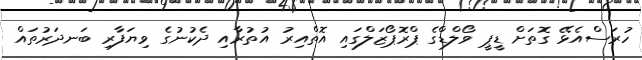
ހުރަސްއެޅޭ ގޮތަށް ޑީޕީ ވޯލްޑްގެ ޕްރޮޕޯޒަލްގައި އޮތްއިރު އުތުރާއި ދެކުނުގެ ވިޔަފާރި ބަނދަރުތައް